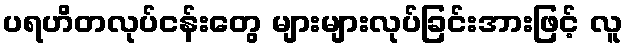
ပရဟိတလုပ်ငန်းတွေ များများလုပ်ခြင်းအားဖြင့် လူ